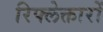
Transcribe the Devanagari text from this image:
रिफ्लेक्तारों